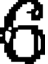
6